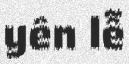
yên lễ